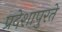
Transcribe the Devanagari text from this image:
प्रदेशापुरते